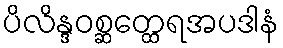
ပိလိန္ဒဝစ္ဆတ္ထေရအပဒါနံ